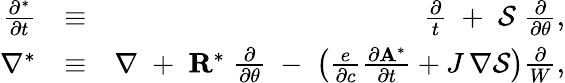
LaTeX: \begin{array}{rlr}{\frac{\partial^{*}}{\partial t}}&{\equiv}&{\frac{\partial}{t}\; +\; {\cal S}\; \frac{\partial}{\partial\theta},}\\ {\nabla^{*}}&{\equiv}&{\nabla\; +\; {\mathbf R}^{*}\; \frac{\partial}{\partial\theta}\; -\; \left(\frac{e}{\partial c}\frac{\partial{\mathbf A}^{*}}{\partial t}+J\, \nabla{\cal S}\right)\frac{\partial}{W},}\end{array}